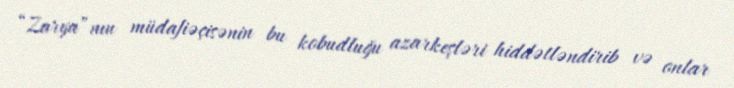
“Zarya”nın müdafiəçisənin bu kobudluğu azarkeşləri hiddətləndirib və onlar